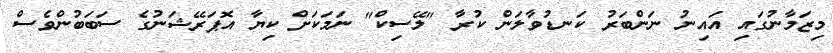
މިޒަމާނުގައި އައިނު ނަންބަރު ކަނޑުވާލަން ކުރާ "ލޭސިކް" ނަމަކަށް ކިޔާ އޮޕަރޭޝަނުގެ ސަބަބުންވެސް